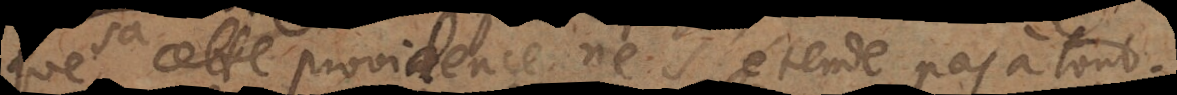
que sa providence ne s’étende pas à tout.